Lunatic asylums Madras 1877-1891 - 1877-1891
Year: 1877
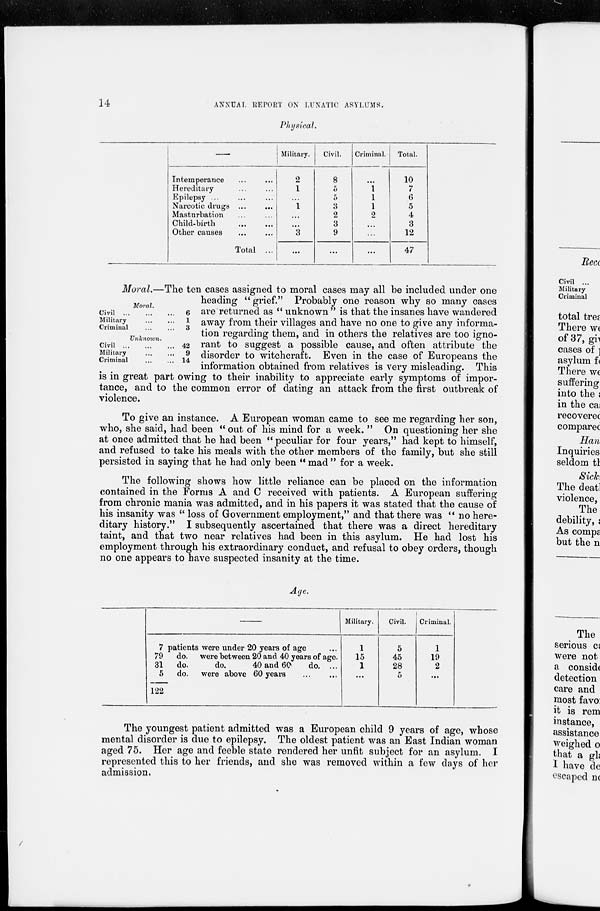
14
ANNUAL REPORT ON LUNATIC ASYLUMS.
Physical.
Intemperance ... ...
Hereditary ... ...
Epilepsy ... ... ...
Narcotic drugs ... ...
Masturbation ... ...
Child-birth
...
...
Other causes ... ...
Total ...
Military.
2
1
...
1
...
...
3
...
Civil.
8
5
5
3
2
3
9
...
Criminal.
...
1
1
1
2
...
...
...
Total.
10
7
6
5
4
3
12
47
Moral.
Civil ... ... ...
Military ... ... ...
Criminal ... ...
6
1
3
Unknown.
Civil
...
...
...
Military ... ...
Criminal ... ...
42
9
14
Moral.—The ten cases assigned to moral cases may all be included under one
heading "grief." Probably one reason why so many cases
are returned as " unknown " is that the insanes have wandered
away from their villages and have no one to give any informa-
tion regarding them, and in others the relatives are too igno-
rant to suggest a possible cause, and often attribute the
disorder to witchcraft. Even in the case of Europeans the
information obtained from relatives is very misleading. This
is in great part owing to their inability to appreciate early symptoms of impor-
tance, and to the common error of dating an attack from the first outbreak of
violence.
To give an instance. A European woman came to see me regarding her son,
who, she said, had been "out of his mind for a week. " On questioning her she
at once admitted that he had been "peculiar for four years," had kept to himself,
and refused to take his meals with the other members of the family, but she still
persisted in saying that he had only been " mad " for a week.
The following shows how little reliance can be placed on the information
contained in the Forms A and C received with patients. A European suffering
from chronic mania was admitted, and in his papers it was stated that the cause of
his insanity was " loss of Government employment," and that there was " no here-
ditary history." I subsequently ascertained that there was a direct hereditary
taint, and that two near relatives had been in this asylum. He had lost his
employment through his extraordinary conduct, and refusal to obey orders, though
no one appears to have suspected insanity at the time.
Age.
7 patients were under 20 years of age ...
79 do. were between 20 and 40 years of age.
31 do.
do.
40 and 60
do. ...
5
do. were above 60 years ... ...
Military.
1
15
1
...
Civil.
5
45
28
5
Criminal.
1
19
2
...
122
The youngest patient admitted was a European child 9 years of age, whose
mental disorder is due to epilepsy. The oldest patient was an East Indian woman
aged 75. Her age and feeble state rendered her unfit subject for an asylum. I
represented this to her friends, and she was removed within a few days of her
admission.